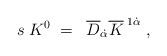
LaTeX: \begin{align*}s\;K^0\;=\;\;\overline{D}_{\dot{\alpha}}\overline{K}^{\;1\dot{\alpha}}\;,\;\end{align*}